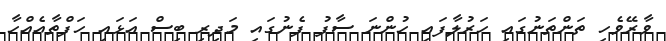
ވާރޭވެހި ތަންތަނުގައި ހަރުލާފައި ހުންނަ ސާފު ފެނުގައި މަދިރި ބިސް އަޅައި ހަފްތާއެއްހާ